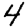
Digit: 4